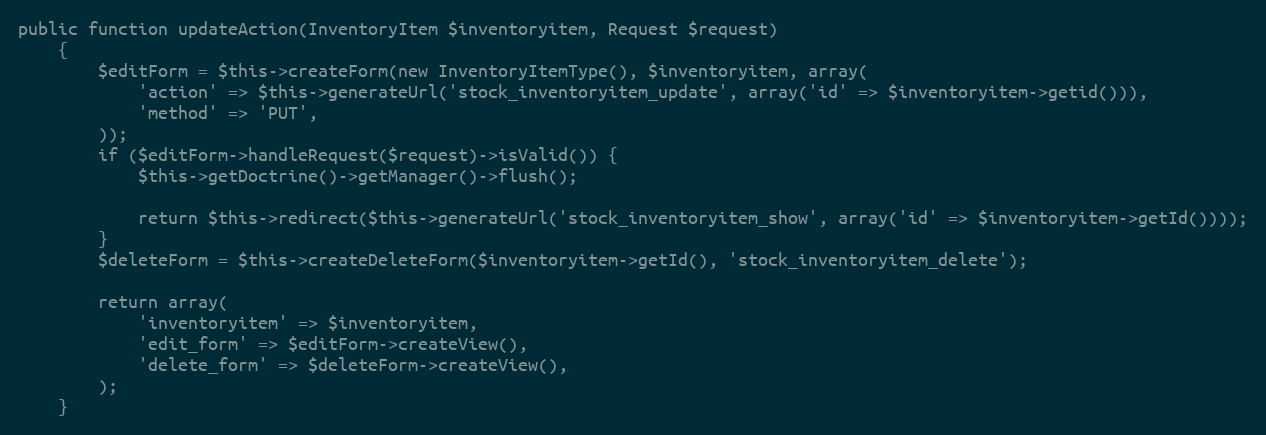
Language: PHP
public function updateAction(InventoryItem $inventoryitem, Request $request)
    {
        $editForm = $this->createForm(new InventoryItemType(), $inventoryitem, array(
            'action' => $this->generateUrl('stock_inventoryitem_update', array('id' => $inventoryitem->getid())),
            'method' => 'PUT',
        ));
        if ($editForm->handleRequest($request)->isValid()) {
            $this->getDoctrine()->getManager()->flush();

            return $this->redirect($this->generateUrl('stock_inventoryitem_show', array('id' => $inventoryitem->getId())));
        }
        $deleteForm = $this->createDeleteForm($inventoryitem->getId(), 'stock_inventoryitem_delete');

        return array(
            'inventoryitem' => $inventoryitem,
            'edit_form' => $editForm->createView(),
            'delete_form' => $deleteForm->createView(),
        );
    }